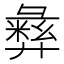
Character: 𫹈